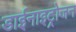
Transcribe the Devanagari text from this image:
डाईनाइट्रोजन